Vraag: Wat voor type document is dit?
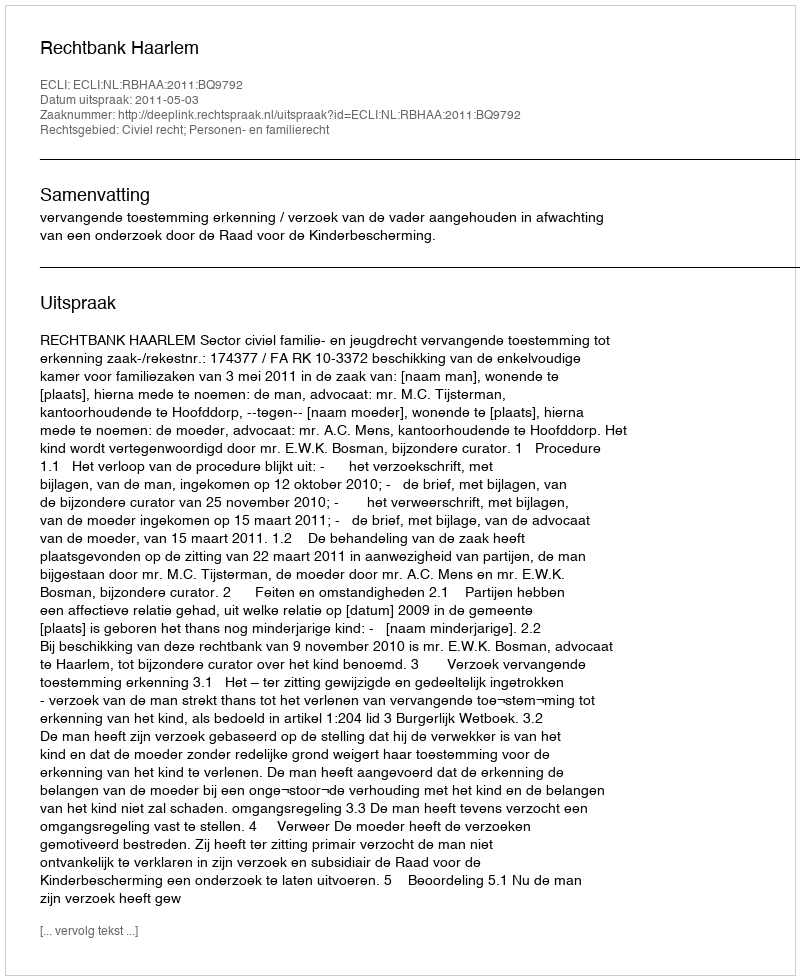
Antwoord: Uitspraak